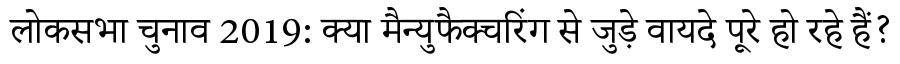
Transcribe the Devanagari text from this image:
लोकसभा चुनाव 2019: क्या मैन्युफैक्चरिंग से जुड़े वायदे पूरे हो रहे हैं?